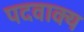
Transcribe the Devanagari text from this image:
पदवाक्य